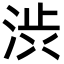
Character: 渋